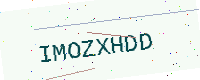
Text: IMOZXHDD